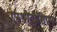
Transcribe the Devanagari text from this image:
एस्थीटीशियन